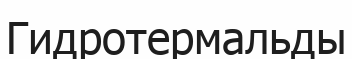
Гидротермальды